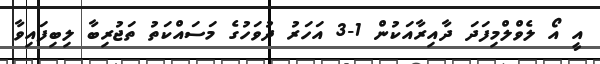
އީ އޯ ލެވްލްމިފަދަ ދާއިރާއަކުން 1-3 އަހަރު ދުވަހުގެ މަސައްކަތު ތަޖުރިބާ ލިބިފައިވާ